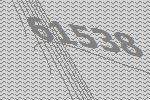
61538